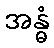
အန္ဓံ